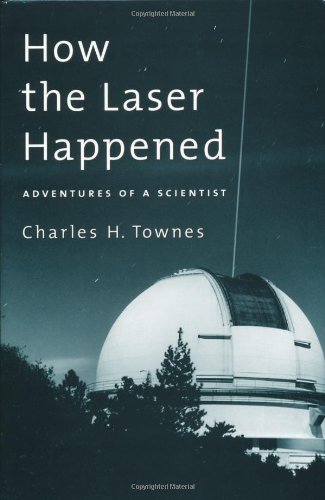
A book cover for How the Laser Happened: Adventures of a Scientist; Charles H. Townes; Science & Math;